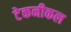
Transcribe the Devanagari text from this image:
टेकनीकल